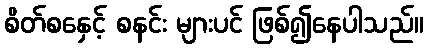
စိတ်စနှေင့် စနင်း များပင် ဖြစ်၍နေပါသည်။